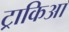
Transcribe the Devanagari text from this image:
ट्राकिआ